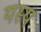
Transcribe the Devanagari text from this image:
यस्‍य